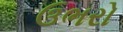
ઉભરો